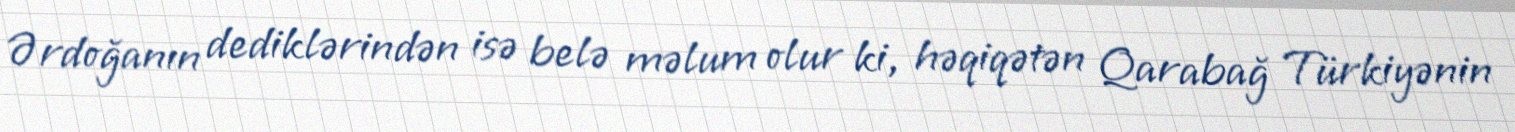
Ərdoğanın dediklərindən isə belə məlum olur ki, həqiqətən Qarabağ Türkiyənin